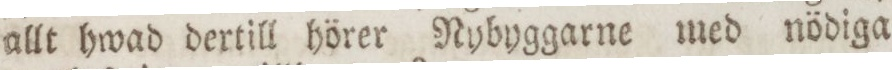
allt hwad dertill hörer Nybyggarne med nödiga